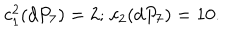
LaTeX: c _ { 1 } ^ { 2 } ( d P _ { 7 } ) = 2 ; \, c _ { 2 } ( d P _ { 7 } ) = 1 0 .